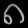
Digit: ၈